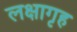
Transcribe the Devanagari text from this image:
लक्षागृह